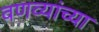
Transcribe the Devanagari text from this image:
वणव्यांच्या